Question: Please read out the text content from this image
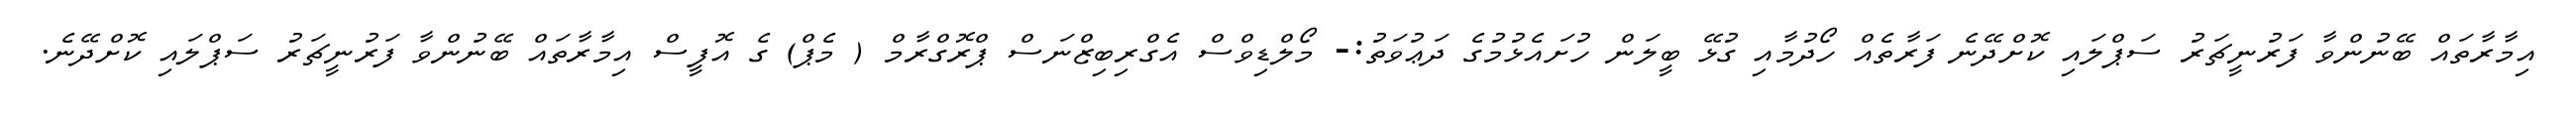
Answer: އިމާރާތައް ބޭނުންވާ ފަރުނީޗަރު ސަޕްލައި ކޮށްދޭނެ ފަރާތެއް ހޯދުމާއި ގުޅޭ ބީލަން ހުށައެޅުމުގެ ދަޢުވަތު:- މޯލްޑިވްސް އެގްރިބިޒްނަސް ޕްރޮގްރާމް ( މެޕް) ގެ އޮފީސް އިމާރާތައް ބޭނުންވާ ފަރުނީޗަރު ސަޕްލައި ކޮށްދޭނެ.